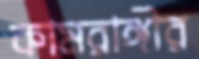
কামরাঙ্গীর